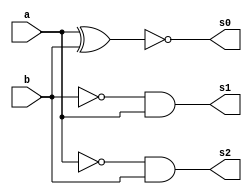
 //  -- Exemplo0037 -- ED03 (Questao Extra 07)
 // -- Ana Carolina Conceio de Jesus ---
 // -- Matricula 449517 ------------------
 
 
 module Comparador(output s0, output s1, output s2, input a, input b);

         wire notb;
         wire nota;

         xnor XNOR1(s0,a,b);
         not NOT1(notb,b);
         and AND1(s1,notb,a);
         not NOT2(nota,a);
         and AND2 (s2,nota,b);

 endmodule
   
   module teste;
   
          reg a;
          reg b;
          wire s0,s1,s2;

          Comparador TESTE (s0,s1,s2,a,b);
          
          
    initial begin : main
	
	      $display("Exemplo0036 - Ana Carolina - 449517");
	      $display("\nComaparador test maior, menor e igual");

              a = 0; b = 0;
              $display(" 100 - bits so iguais , 001 - segundo maior , 010 - primeiro maior ");

      #1 $monitor(" entradas  %b %b saida = %b %b %b",a,b,s0,s1,s2);
      #1 a = 0; b = 1;
      #1 a = 1; b = 0;
      #1 a = 1; b = 1;
		
end

endmodule